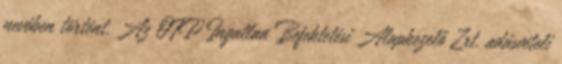
nevében történt. Az OTP Ingatlan Befektetési Alapkezelő Zrt. adásvételi